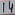
Text: 14